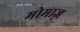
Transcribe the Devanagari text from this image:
मोमाज़